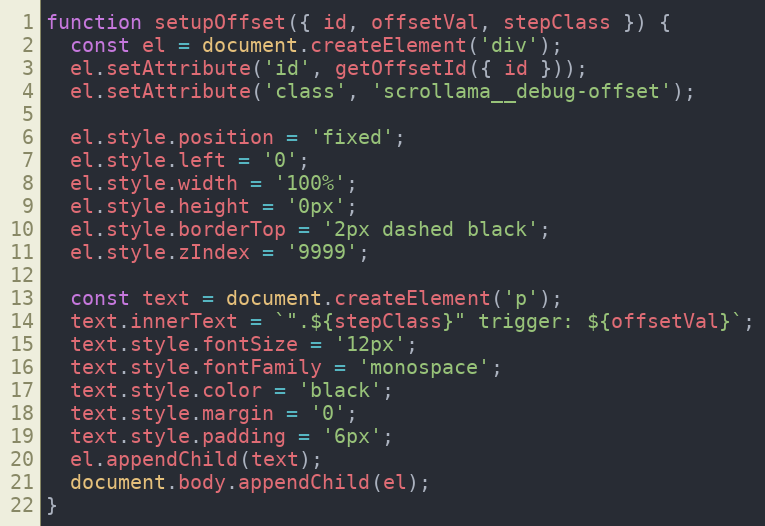
Language: JavaScript
function setupOffset({ id, offsetVal, stepClass }) {
  const el = document.createElement('div');
  el.setAttribute('id', getOffsetId({ id }));
  el.setAttribute('class', 'scrollama__debug-offset');

  el.style.position = 'fixed';
  el.style.left = '0';
  el.style.width = '100%';
  el.style.height = '0px';
  el.style.borderTop = '2px dashed black';
  el.style.zIndex = '9999';

  const text = document.createElement('p');
  text.innerText = `".${stepClass}" trigger: ${offsetVal}`;
  text.style.fontSize = '12px';
  text.style.fontFamily = 'monospace';
  text.style.color = 'black';
  text.style.margin = '0';
  text.style.padding = '6px';
  el.appendChild(text);
  document.body.appendChild(el);
}